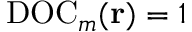
\mathrm { D O C } _ { m } ( { \bf r } ) = 1